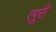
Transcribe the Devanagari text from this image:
एपूरी